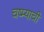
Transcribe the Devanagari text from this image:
चष्म्याची